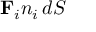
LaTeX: \mathbf { F } _ { i } n _ { i } \, d S